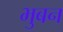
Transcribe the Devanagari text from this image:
भुबन